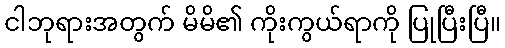
ငါဘုရားအတွက် မိမိ၏ ကိုးကွယ်ရာကို ပြုပြီးပြီ။